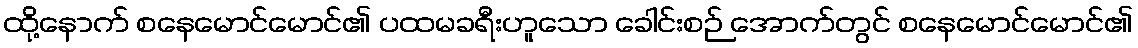
ထို့နောက် စနေမောင်မောင်၏ ပထမခရီးဟူသော ခေါင်းစဉ် အောက်တွင် စနေမောင်မောင်၏